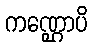
ကဏ္ဌောပိ